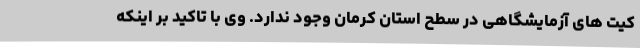
کیت های آزمایشگاهی در سطح استان کرمان وجود ندارد. وی با تاکید بر اینکه